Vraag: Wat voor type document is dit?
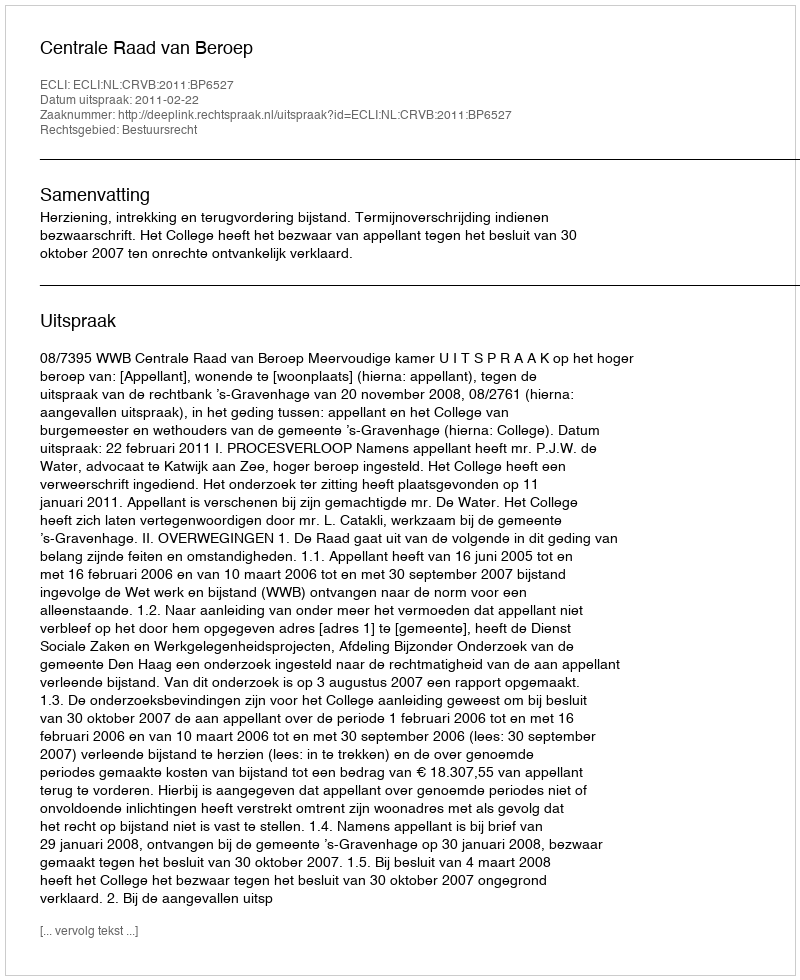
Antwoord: Uitspraak